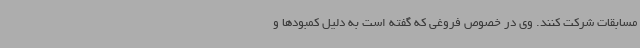
مسابقات شرکت کنند. وی در خصوص فروغی که گفته است به دلیل کمبودها و